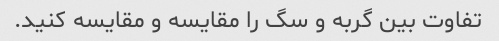
تفاوت بین گربه و سگ را مقایسه و مقایسه کنید.